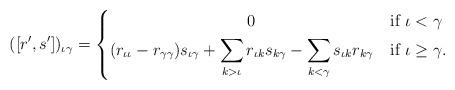
LaTeX: \begin{align*}([r',s'])_{\iota\gamma} = \left\{ \begin{aligned} 0 \;\;\;\;\;\;\;\;\;\;\;\;\;\;\;\;\;\;\;\;\;\;\;\;\;\;\;\; & \mbox{ if $\iota< \gamma$} \\ (r_{\iota\iota}-r_{\gamma\gamma}) s_{\iota\gamma} +\sum_{k>\iota} r_{\iota k}s_{k\gamma }-\sum_{k<\gamma}s_{\iota k}r_{k\gamma} \:\:\: & \mbox{ if $\iota\geq \gamma$}. \end{aligned} \right. \end{align*}